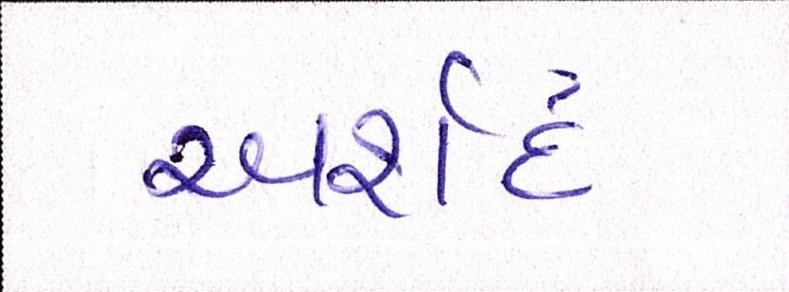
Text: અર્શદ